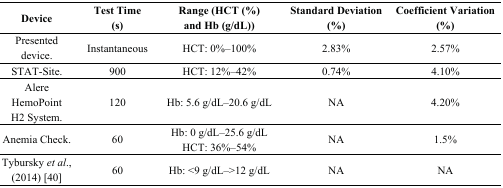
<table><thead><tr><td><b>Device</b></td><td><b>Test Time (s)</b></td><td><b>Range (HCT (%) and Hb (g/dL))</b></td><td><b>Standard Deviation (%)</b></td><td><b>Coefficient Variation (%)</b></td></tr></thead><tbody><tr><td>Presented device.</td><td>Instantaneous</td><td>HCT: 0%–100%</td><td>2.83%</td><td>2.57%</td></tr><tr><td>STAT-Site.</td><td>900</td><td>HCT: 12%–42%</td><td>0.74%</td><td>4.10%</td></tr><tr><td>Alere HemoPoint H2 System.</td><td>120</td><td>Hb: 5.6 g/dL–20.6 g/dL</td><td>NA</td><td>4.20%</td></tr><tr><td>Anemia Check.</td><td>60</td><td>Hb: 0 g/dL–25.6 g/dL HCT: 36%–54%</td><td>NA</td><td>1.5%</td></tr><tr><td>Tybursky <i>et al.</i>, (2014) [40]</td><td>60</td><td>Hb: &lt;9 g/dL–&gt;12 g/dL</td><td>NA</td><td>NA</td></tr></tbody></table>